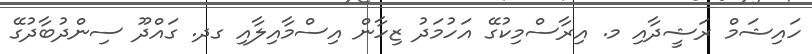
ހައިޝަމް ރަޝީދާއި މ. އިރާސްމިކުގޭ އަހުމަދު ޒިހާން އިސްމާއިލާއި ގދ. ގައްދޫ ސިންދުބާދުގޭ